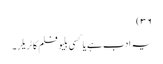
۳۶)
یہ ادب ہے یا کسی بلیو فلم کا ٹریلر۔